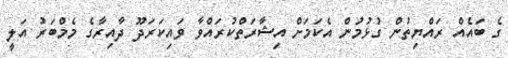
ގެ ބައެއް ރައްޔިތުން ގުޅުމުން އެކަމަށް އިޝާރަތްކުރައްވާ ވައިކަރަދޫ ދާއިރާގެ މެމްބަރު އަލީ